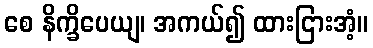
စေ နိက္ခိပေယျ၊ အကယ်၍ ထားငြားအံ့။